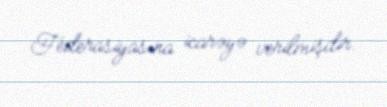
Federasiyasına icarəyə verilmişdir.